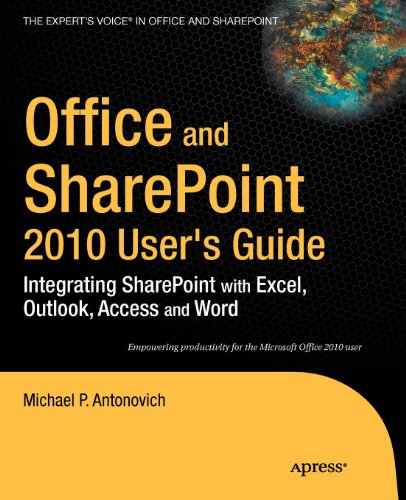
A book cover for Office and SharePoint 2010 User's Guide: Integrating SharePoint with Excel, Outlook, Access and Word (Expert's Voice in Office and Sharepoint); Michael Antonovich; Computers & Technology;